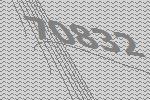
70832